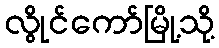
လွိုင်ကော်မြို့သို့